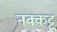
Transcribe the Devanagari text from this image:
नक्कट्टू